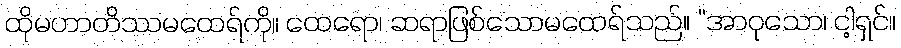
ထိုမဟာတိဿမထေရ်ကို။ ထေရော၊ ဆရာဖြစ်သောမထေရ်သည်။ “အာဝုသော၊ ငါ့ရှင်။